Report on the lunatic asylums under the Government of Bombay - 1904-1913
Year: 1904
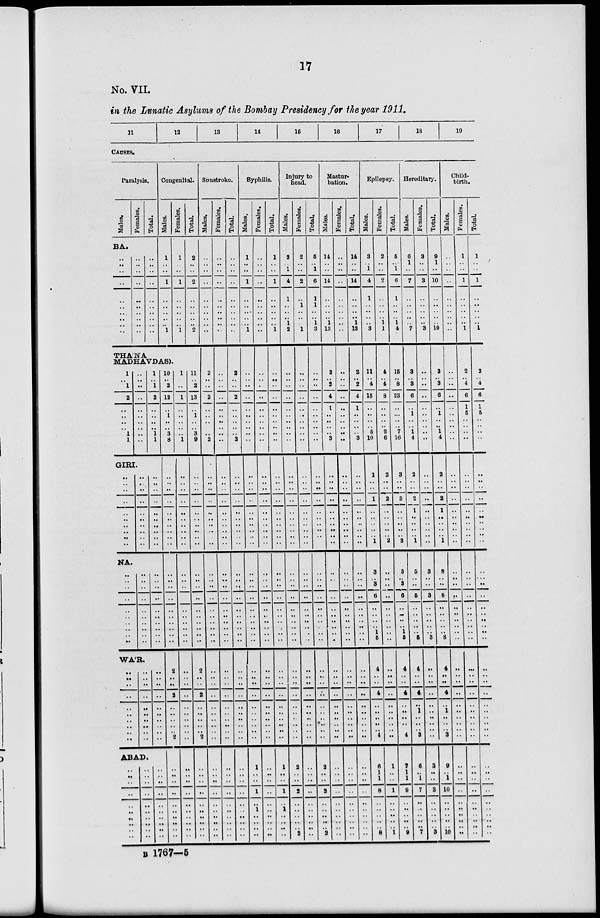
17
No. VII.
in the Lunatic Asylums of the Bombay Presidency for the year 1911.
11
12
13
14
15
16
17
18
19
CAUSES.
Paralysis.
Males.
Females.
Total.
BA.
..
..
..
..
..
..
..
..
..
..
..
..
..
..
..
..
..
..
..
..
..
..
..
..
..
..
..
..
..
..
Congenital.
Males.
1
..
..
1
..
..
..
..
.. 1
Females.
1
..
..
1
..
..
..
..
.. 1
Total.
2
..
..
2
..
..
..
..
.. 2
THA'NA
MADHAVDAS).
1
..
1
2
..
..
..
..
1
1
GIRI.
..
..
..
..
..
..
..
..
..
..
NA.
..
..
..
..
..
..
..
..
..
..
..
..
..
..
..
..
..
..
..
..
..
..
..
..
..
..
..
..
..
..
..
..
..
..
..
..
..
..
..
..
1
..
1
2
..
..
..
..
1
1
..
..
..
..
..
..
..
..
..
..
..
..
..
..
..
..
..
..
..
..
WA'R.
..
..
..
..
..
..
..
..
..
..
..
..
..
..
..
..
..
..
..
..
..
..
..
..
..
..
..
..
..
..
ABAD.
..
..
..
..
..
..
..
..
..
..
..
..
..
..
..
..
..
..
..
..
..
..
..
..
..
..
..
..
..
..
10
..
2
12
..
..
..
..
3
8
..
..
..
..
..
..
..
..
..
..
..
..
..
..
..
..
..
..
..
..
2
..
..
2
..
..
..
..
..
2
..
..
..
..
..
..
..
..
..
..
1
..
..
1
..
..
..
..
..
1
..
..
..
..
..
..
..
..
..
..
..
..
..
..
..
..
..
..
..
..
..
..
..
..
..
..
..
..
..
..
..
..
..
..
..
..
..
..
..
..
11
..
2
13
..
1
..
..
3
9
..
..
..
..
..
..
..
..
..
..
..
..
..
..
..
..
..
..
..
..
2
..
..
2
..
..
..
..
..
2
..
..
..
..
..
..
..
..
..
..
Sunstroke.
Males.
..
..
..
..
..
..
..
..
..
..
2
..
..
2
..
..
..
..
.. 2
..
..
..
..
..
..
..
..
..
..
..
.
..
..
..
..
..
..
..
..
..
..
..
..
..
..
..
..
..
..
..
..
..
..
..
..
..
..
..
..
Females.
..
..
..
..
..
..
..
..
..
..
..
..
..
..
..
..
..
..
..
..
..
..
..
..
..
..
..
..
..
..
..
..
..
..
..
..
..
..
..
..
..
..
..
..
..
..
..
..
..
..
..
..
..
..
..
..
..
..
..
..
Total.
..
..
..
..
..
..
..
..
..
..
2
..
..
2
..
..
..
..
.. 2
..
..
..
..
..
..
..
..
..
..
..
..
..
..
..
..
..
..
..
..
..
..
..
..
..
..
..
..
..
..
..
..
..
..
..
..
..
..
..
..
Syphilis.
Males.
1
..
..
1
..
..
..
..
.. 1
..
..
..
..
..
..
..
..
..
..
..
..
..
..
..
..
..
..
..
..
..
..
..
..
..
..
..
..
..
..
..
..
..
..
..
..
..
..
..
..
1
..
..
1
..
1
..
..
..
..
Females.
..
..
..
..
..
..
..
..
..
..
..
..
..
..
..
..
..
..
..
..
..
..
..
..
..
..
..
..
..
..
..
..
..
..
..
..
..
..
..
..
..
..
..
..
..
..
..
..
..
..
..
..
..
..
..
..
..
..
..
..
Total.
1
..
..
1
..
..
..
..
.. 1
..
..
..
..
..
..
..
..
..
..
..
..
..
..
..
..
..
..
..
..
..
..
..
..
..
..
..
..
..
..
..
..
..
..
..
..
..
..
..
..
1
..
..
1
..
1
..
..
..
..
Injury to
head.
Males.
3
..
1
4
1
..
..
..
1
2
..
..
..
..
..
..
..
..
..
..
..
..
..
..
..
..
..
..
..
..
..
..
..
..
..
..
..
..
..
..
..
..
..
..
..
..
..
..
..
..
2
..
..
2
..
..
..
..
..
2
Females.
2
..
..
2
..
..
..
..
.. 1
..
..
..
..
..
..
..
..
..
..
..
..
..
..
..
..
..
..
..
..
..
..
..
..
..
..
..
..
..
..
..
..
..
..
..
..
..
..
..
..
..
..
..
..
..
..
..
..
..
..
Total.
5
..
1
6
1
1
..
..
1
3
..
..
..
..
..
..
..
..
..
..
..
..
..
..
..
..
..
..
..
..
..
..
..
..
..
..
..
..
..
..
..
..
..
..
..
..
..
..
..
..
2
..
..
2
..
..
..
..
..
2
Mastur¬
bation.
Males.
14
..
..
14
..
..
..
..
1
13
2
..
2
4
1
..
..
..
.. 3
..
..
..
..
..
..
..
..
..
..
..
..
..
..
..
..
..
..
..
..
..
..
..
..
..
..
..
..
..
..
..
..
..
..
..
..
..
..
..
..
Females.
..
..
..
..
..
..
..
..
..
..
..
..
..
..
..
..
..
..
..
..
..
..
..
..
..
..
..
..
..
..
..
..
..
..
..
..
..
..
..
..
..
..
..
..
..
..
..
..
..
..
..
..
..
..
..
..
..
..
..
..
Total.
14
..
..
14
..
..
..
..
1
13
2
..
2
4
1
..
..
..
.. 3
..
..
..
..
..
..
..
..
..
..
..
..
..
..
..
..
..
..
..
..
..
..
..
..
..
..
..
..
..
..
..
..
..
..
..
..
..
..
..
..
Epilepsy.
Males.
3
..
1
4
1
..
..
..
..
3
11
..
4
15
..
..
..
..
5
10
1
..
..
1
..
..
..
..
..
1
3
..
3
6
..
..
..
..
1
5
4
..
..
4
..
..
..
..
..
4
6
1
1
8
..
..
..
..
..
8
Females.
2
..
..
2
..
..
..
..
1
1
4
..
4
8
..
..
..
..
2
6
2
..
..
2
..
..
..
..
.. 2
..
..
..
..
..
..
..
..
..
..
..
..
..
..
..
..
..
..
..
..
1
..
..
1
..
..
..
..
..
1
Total.
5
1
6
1
..
..
..
1
4
15
..
8
23
..
..
..
..
7
16
3
..
..
3
..
..
..
..
.. 3
3
3
6
..
..
..
..
1
5
4
..
..
4
..
..
..
..
..
4
7
1
1
9
..
..
..
..
..
9
Hereditary.
Males.
6
1
..
7
..
..
..
..
.. 7
3
..
3
6
..
1
..
..
1
4
2
..
..
2
1
..
..
..
.. 1
5
..
..
5
..
..
..
..
..
5
4
..
..
4
..
1
..
..
..
3
6
..
..
7
..
..
..
..
..
7
Females.
3
..
..
3
..
..
..
..
.. 3
..
..
..
..
..
..
..
..
.. ..
..
..
..
..
..
..
..
..
..
..
3
..
..
3
..
..
..
..
..
3
..
..
..
..
..
1
..
..
..
..
3
..
1
3
..
..
..
..
..
3
Total.
9
1
..
10
..
..
..
..
.. 10
3
..
3
6
..
1
..
..
1
4
2
..
..
2
1
..
..
..
.. 1
8
..
..
8
..
..
..
..
..
8
4
..
..
4
..
1
..
..
..
3
9
..
1
10
..
..
..
..
..
10
Child¬
birth.
Males.
..
..
..
..
..
..
..
..
..
..
..
..
..
..
..
..
..
..
..
..
..
..
..
..
..
..
..
..
..
..
..
..
..
..
..
..
..
..
..
..
..
..
..
..
..
..
..
..
..
..
..
..
..
..
..
..
..
..
..
..
Females.
1
..
..
1
..
..
..
..
.. 1
2
..
4
6
1
5
..
..
..
..
..
..
..
..
..
..
..
..
..
..
..
..
..
..
..
..
..
..
..
..
..
..
..
..
..
..
..
..
..
..
..
..
..
..
..
..
..
..
..
..
Total.
1
..
..
1
..
..
..
..
.. 1
2
..
4
6
1
5
..
..
..
..
..
..
..
..
..
..
..
..
..
..
..
..
..
..
..
..
..
..
..
..
..
..
..
..
..
..
..
..
..
..
..
..
..
..
..
..
..
..
..
..
B 1767—5